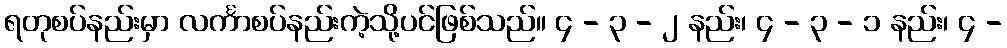
ရတုစပ်နည်းမှာ လင်္ကာစပ်နည်းကဲ့သို့ပင်ဖြစ်သည်။ ၄ - ၃ - ၂ နည်း၊ ၄ - ၃ - ၁ နည်း၊ ၄ -